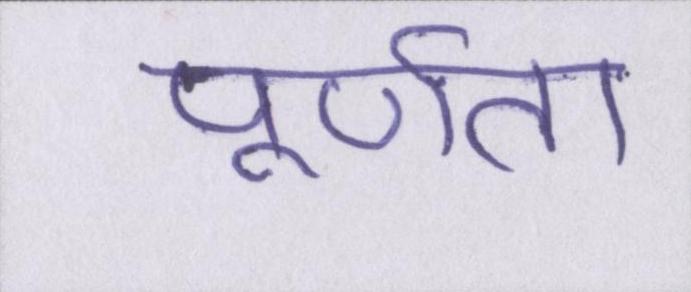
पूर्णता